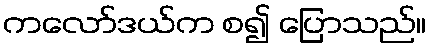
ကလော်ဒယ်က စ၍ ပြောသည်။